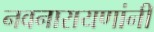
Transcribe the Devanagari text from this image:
नवनारायणांनी